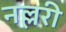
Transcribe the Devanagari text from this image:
नल्लरी